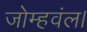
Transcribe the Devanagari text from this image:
जोम्हवंल।